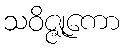
သဝိဇ္ဇုကော